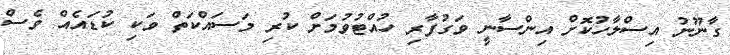
ގާނޫނު އިސްލާހުކޮށް އިންސާނީ ވަގުފާރި ހުއްޓުވުމަށް ކުރި މަސައްކަތް ވަކި ކުޑައެއް ވެސް